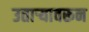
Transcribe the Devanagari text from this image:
उताऱ्यावरून